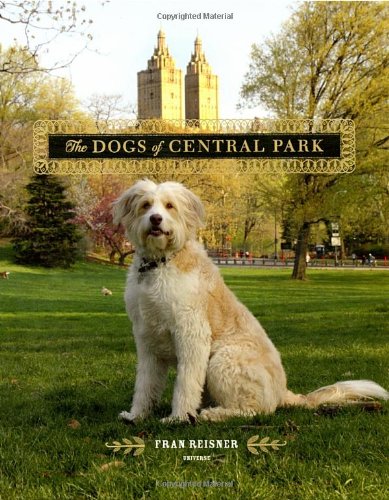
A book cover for The Dogs of Central Park; Travel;